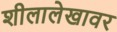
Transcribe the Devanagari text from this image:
शीलालेखावर